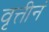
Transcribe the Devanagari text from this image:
वृत्तीनं